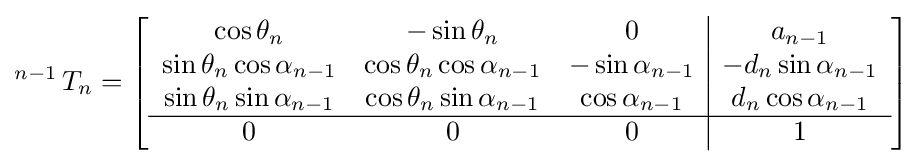
\operatorname {} ^{n-1}T_{n}=\left[{\begin{array}{ccc|c}\cos \theta _{n}&-\sin \theta _{n}&0&a_{n-1}\\\sin \theta _{n}\cos \alpha _{n-1}&\cos \theta _{n}\cos \alpha _{n-1}&-\sin \alpha _{n-1}&-d_{n}\sin \alpha _{n-1}\\\sin \theta _{n}\sin \alpha _{n-1}&\cos \theta _{n}\sin \alpha _{n-1}&\cos \alpha _{n-1}&d_{n}\cos \alpha _{n-1}\\\hline 0&0&0&1\end{array}}\right]